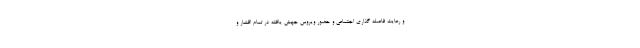
و رعایت فاصله گذاری اجتماعی و حضور ویروس جهش یافته در تمام اقشار و